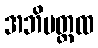
အဘိမတ္ထထ